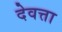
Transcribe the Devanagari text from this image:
देवत्ता